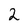
Character: 2